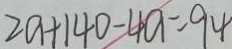
2 a + 1 4 0 - 4 a = 9 4